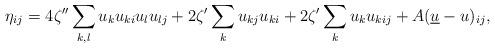
LaTeX: \begin{align*}\eta_{ij} = 4 \zeta'' \sum_{k, l} u_k u_{ki} u_l u_{lj} + 2 \zeta' \sum_k u_{kj} u_{ki} + 2\zeta' \sum_k u_k u_{kij} + A (\underline{u} - u)_{ij},\end{align*}